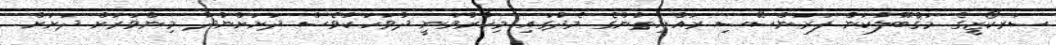
ސަރކޯޒީގެ މަޤްބޫލުކަން ފަރަންސޭސި ރައްޔިތުންގެ މެދުގައި މިހާރުވަނީ ދުވަހަކުވެސް ދަށަށްނުދާ މިންވަރަށް ދަށަށް